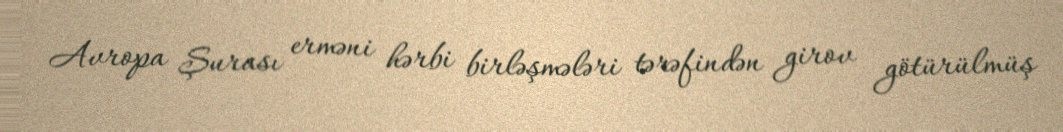
Avropa Şurası erməni hərbi birləşmələri tərəfindən girov götürülmüş